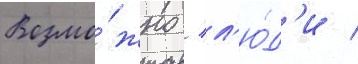
Возмо́жно / л'ю́д'и /